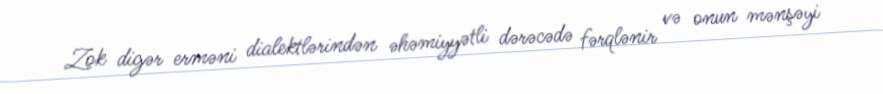
Zok digər erməni dialektlərindən əhəmiyyətli dərəcədə fərqlənir və onun mənşəyi